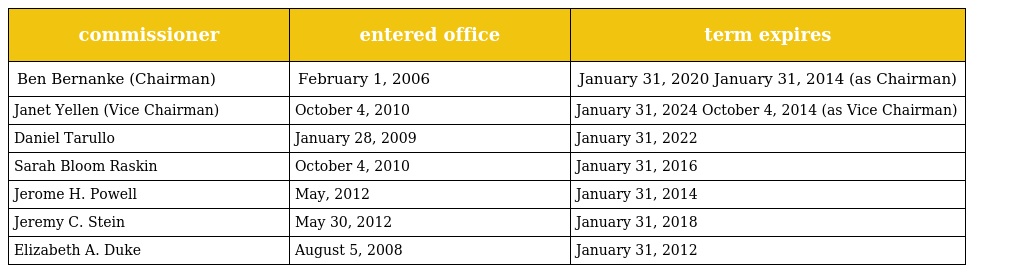
| commissioner | entered office | term expires |
 | --- | --- | --- |
 | Ben Bernanke (Chairman) | February 1, 2006 | January 31, 2020 January 31, 2014 (as Chairman) |
 | Janet Yellen (Vice Chairman) | October 4, 2010 | January 31, 2024 October 4, 2014 (as Vice Chairman) |
 | Daniel Tarullo | January 28, 2009 | January 31, 2022 |
 | Sarah Bloom Raskin | October 4, 2010 | January 31, 2016 |
 | Jerome H. Powell | May, 2012 | January 31, 2014 |
 | Jeremy C. Stein | May 30, 2012 | January 31, 2018 |
 | Elizabeth A. Duke | August 5, 2008 | January 31, 2012 |